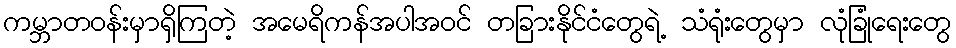
ကမ္ဘာတဝန်းမှာရှိကြတဲ့ အမေရိကန်အပါအဝင် တခြားနိုင်ငံတွေရဲ့ သံရုံးတွေမှာ လုံခြုံရေးတွေ